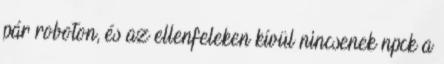
pár roboton, és az ellenfeleken kívül nincsenek npck a